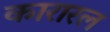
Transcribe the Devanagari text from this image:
कारारल